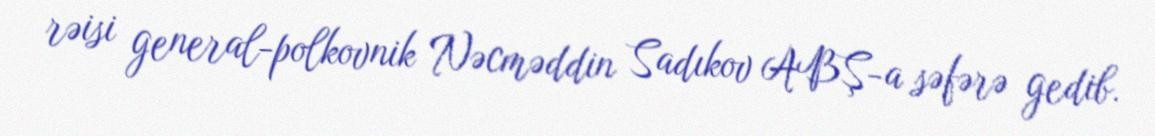
rəisi general-polkovnik Nəcməddin Sadıkov ABŞ-a səfərə gedib.